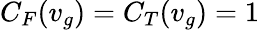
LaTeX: C_{F}(v_{g})=C_{T}(v_{g})=1